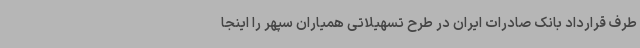
طرف قرارداد بانک صادرات ایران در طرح تسهیلاتی همیاران سپهر را اینجا